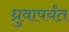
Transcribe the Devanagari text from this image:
ध्रुवापर्यंत